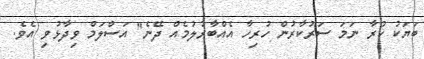
ބަޔަކު ކުރާ ނަމަ ސަރުކާރުން ހުރިހާ އެއްބާރުލުމެއް ދޭނެ" އަސްލަމް ވިދާޅުވި އެވެ.